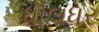
ધૌલધર